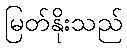
မြတ်နိုးသည်